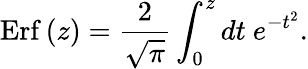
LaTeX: \mathrm{Erf}\left(z\right)=\frac{2}{\sqrt{\pi}}\int_{0}^{z}dt\ e^{-t^{2}}.